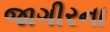
જાગીરના